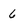
Character: 6